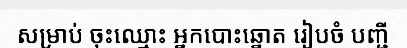
សម្រាប់ ចុះឈ្មោះ អ្នកបោះឆ្នោត រៀបចំ បញ្ជី